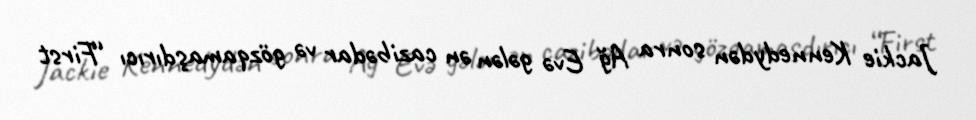
Jackie Kennedydən sonra Ağ Evə gələn ən cazibədar və gözqamaşdırıcı “First